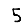
Digit: 5